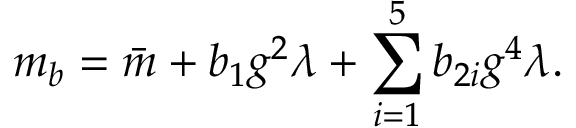
m _ { b } = \bar { m } + b _ { 1 } g ^ { 2 } \lambda + \sum _ { i = 1 } ^ { 5 } b _ { 2 i } g ^ { 4 } \lambda .